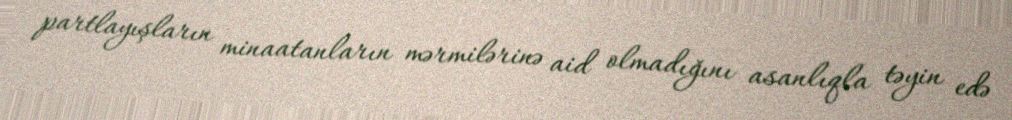
partlayışların minaatanların mərmilərinə aid olmadığını asanlıqla təyin edə